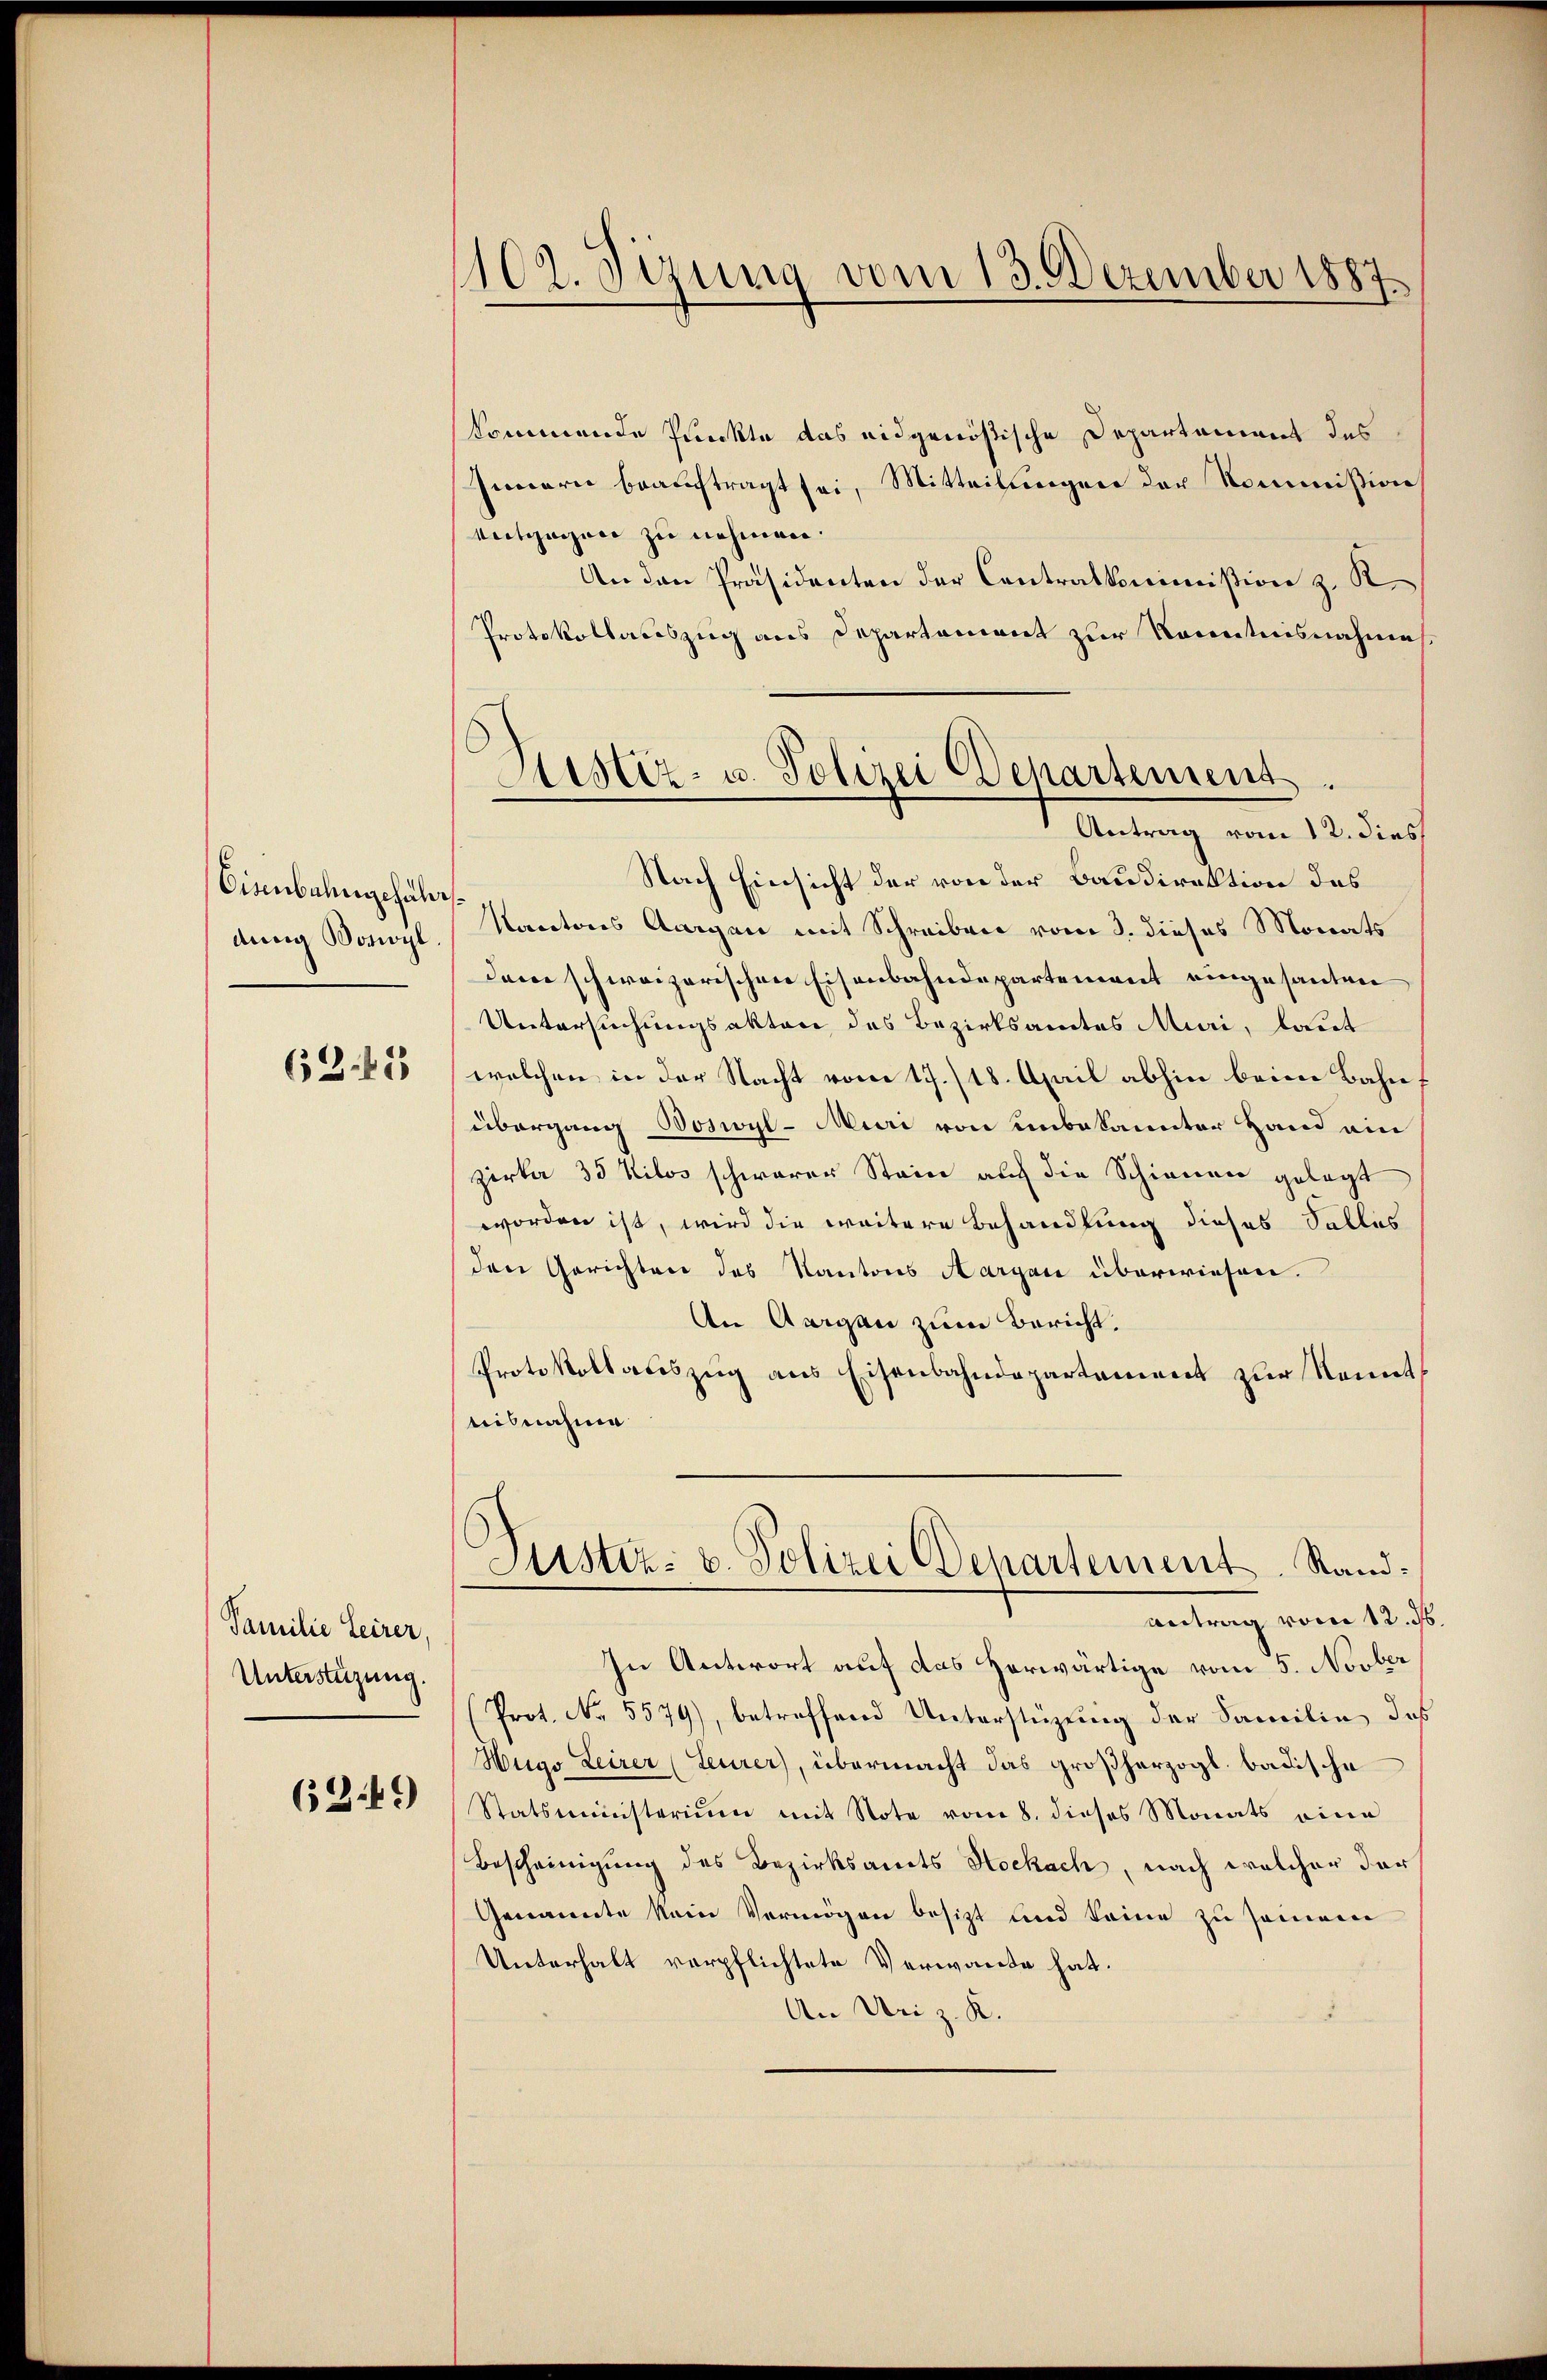
Eisenbahngehal
dung Votioyl

62.11

Familie Leirer,
Unterstüzung.

62:49)

1102. Sizung vom 13. Dezember 1887.

Sistiz- u. Polizei Departement.
—
Antrag vom 12. dies

kommende Punckte das eidgenößische Departament des
Innern beauftragt sei, Mitteilungen der Kommission
vntgegen zu nehmen.
An den Präsidenten der Contralkommission z. K.
Protokollaciszug aus Departement zur Kenntnisnahme
Nach Einsicht der von der Baudirektion des
Mantons Aargau mit Schreiben vom 3. dieses Monats
dem schweizerischen Eisenbahndepartement eingesanten
Untersuchungsakten des Bezirksamtes Muri, laut
welchen in der Nacht vom 17./18. April abhin beim Bahnf
übergang Boswyl - Muri von unbekannter Hand ain
zirka 35 Kilos schwerer Stein auf die Schienen gelegt
worden ist, wird die weitere Behandlung dieses Salles
den Gerichten des Kantons Aargau überwiesen.
An Aargau zum Bericht.
Protokollauszug aus Eisenbahndepartement zur Kennt
uisnahme
Justiz- u. Polizei Departement. Stand.
Antrag vom 12. ds
In Antwort auf das herwärtige vom 5. Novber
Prot. No. 5579), betreffend Unterstüzung der Familie das
Hugo Leirer (Leurer), übermacht das großherzogl. badische
Statsministerium mit Note vom 8. dieses Monats eine
Bescheinigung des Bezirksamts Hockach, nach welcher dar
Genannte kein Vermögen besitzt und keine zu seinem
Unterhalt verpflichtete Verwande hat.
An Uri z. K.